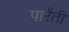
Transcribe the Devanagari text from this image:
पारेंती